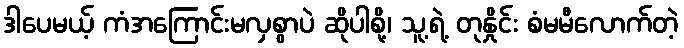
ဒါပေမယ့် ကံအကြောင်းမလှစွာပဲ ဆိုပါစို့၊ သူ့ရဲ့ တုနှိုင်း စံမမီလောက်တဲ့